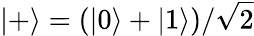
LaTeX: |+\rangle=(|0\rangle+|1\rangle)/\sqrt{2}